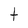
Character: t